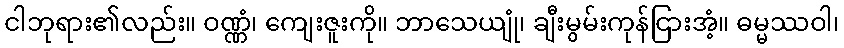
ငါဘုရား၏လည်း။ ဝဏ္ဏံ၊ ကျေးဇူးကို။ ဘာသေယျုံ၊ ချီးမွမ်းကုန်ငြားအံ့။ ဓမ္မဿဝါ၊